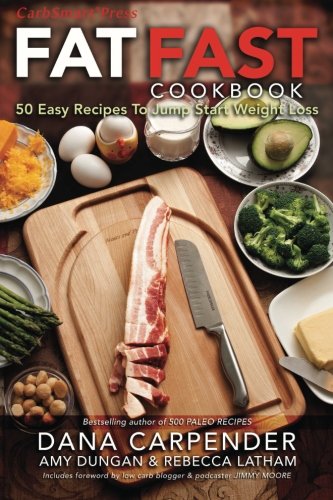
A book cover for Fat Fast Cookbook: 50 Easy Recipes to Jump Start Your Low Carb Weight Loss; Dana Carpender; Cookbooks, Food & Wine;